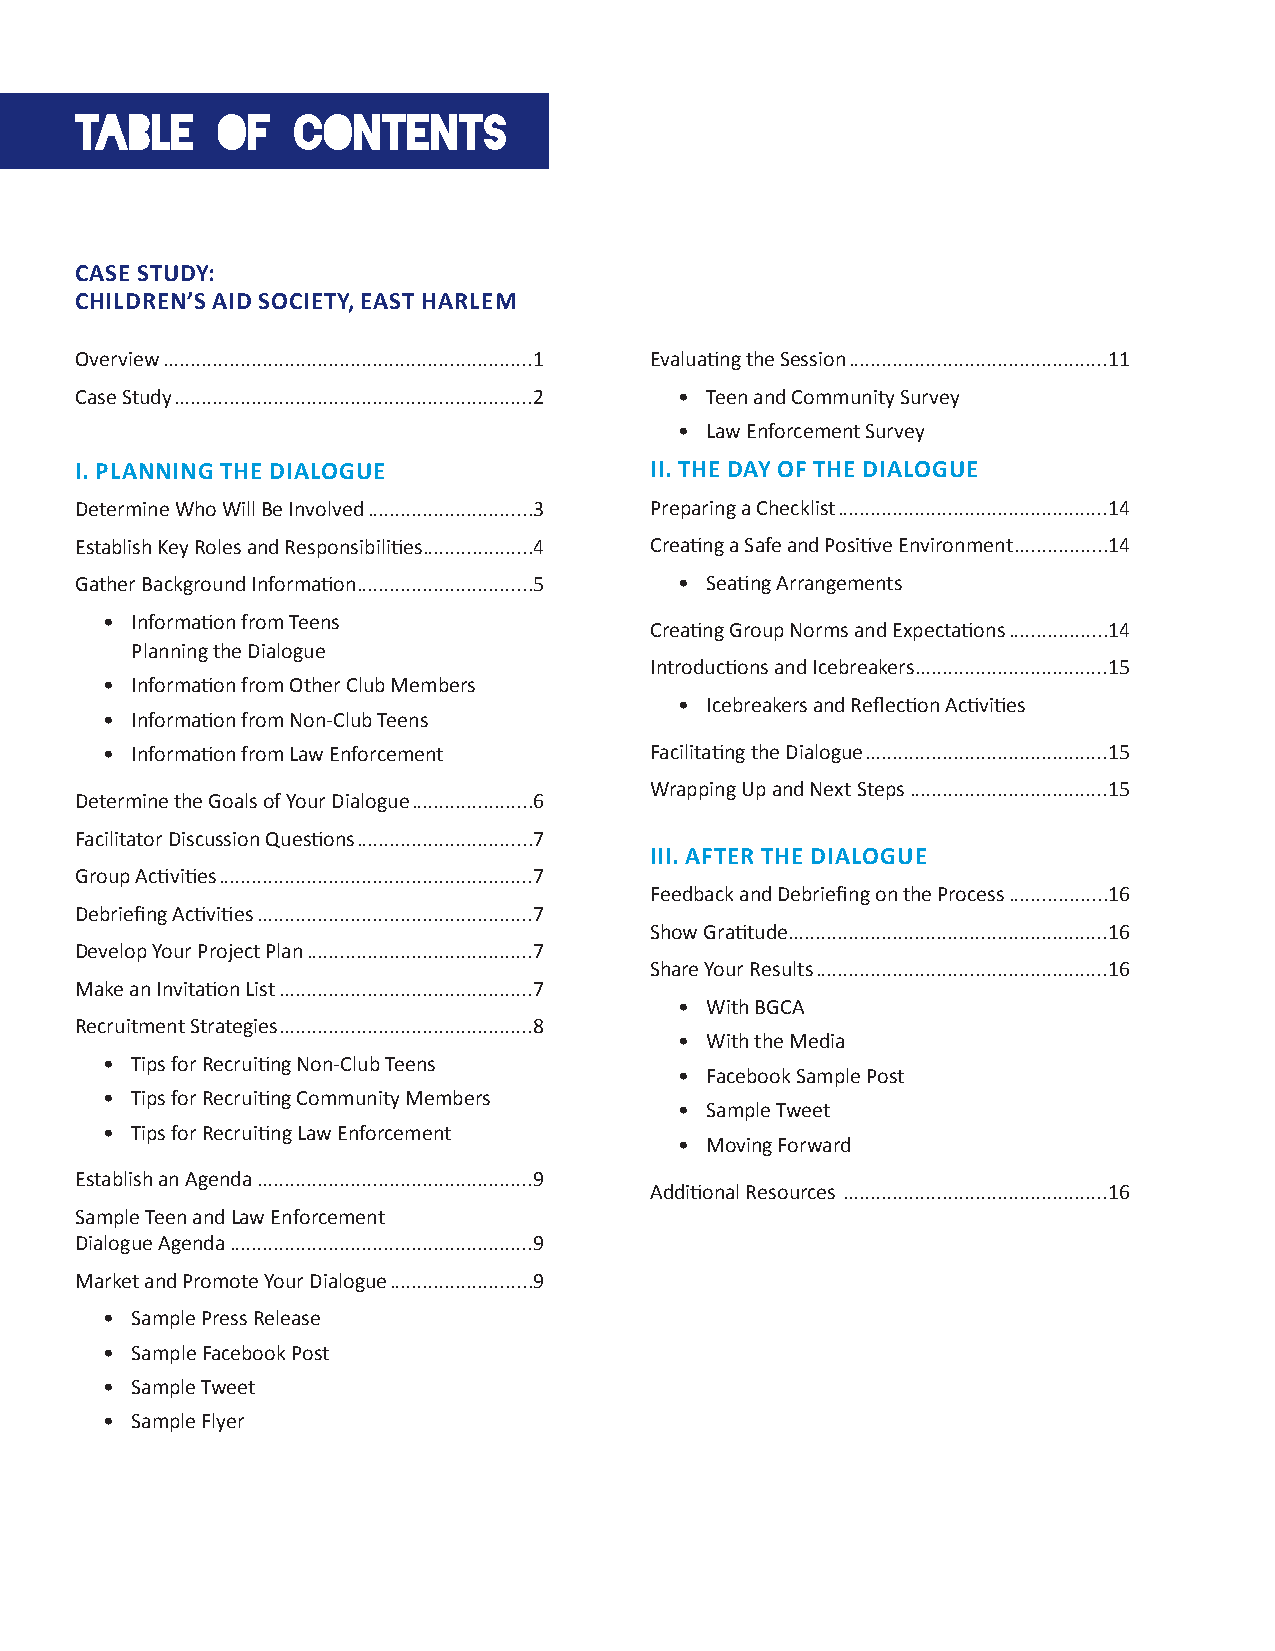
TABLE    OF    CONTENTS
 CASE STUDY:
 CHILDREN’S AID SOCIETY, EAST HARLEM
 Overview ...................................................................1 Evaluating the Session ...............................................11
 Case Study .................................................................2 • Teen and Community Survey
 • Law Enforcement Survey
 I. PLANNING THE DIALOGUE              II. THE DAY OF THE DIALOGUE
 Determine Who Will Be Involved ..............................3 Preparing a Checklist .................................................14
 Establish Key Roles and Responsibilities ....................4 Creating a Safe and Positive Environment .................14
 Gather Background Information................................5 • Seating Arrangements
 • Information from Teens
 Creating Group Norms and Expectations ..................14
 Planning the Dialogue
 Introductions and Icebreakers ...................................15
 • Information from Other Club Members
 • Icebreakers and Reflection Activities
 • Information from Non-Club Teens
 • Information from Law Enforcement  Facilitating the Dialogue ............................................15
 Wrapping Up and Next Steps ....................................15
 Determine the Goals of Your Dialogue ......................6
 Facilitator Discussion Questions ................................7
 III. AFTER THE DIALOGUE
 Group Activities .........................................................7
 Feedback and Debriefing on the Process ..................16
 Debriefing Activities ..................................................7
 Show Gratitude..........................................................16
 Develop Your Project Plan .........................................7
 Share Your Results .....................................................16
 Make an Invitation List ..............................................7
 • With BGCA
 Recruitment Strategies ..............................................8
 • With the Media
 • Tips for Recruiting Non-Club Teens
 • Facebook Sample Post
 • Tips for Recruiting Community Members
 • Sample Tweet
 • Tips for Recruiting Law Enforcement
 • Moving Forward
 Establish an Agenda ..................................................9
 Additional Resources ................................................16
 Sample Teen and Law Enforcement
 Dialogue Agenda .......................................................9
 Market and Promote Your Dialogue ..........................9
 • Sample Press Release
 • Sample Facebook Post
 • Sample Tweet
 • Sample Flyer